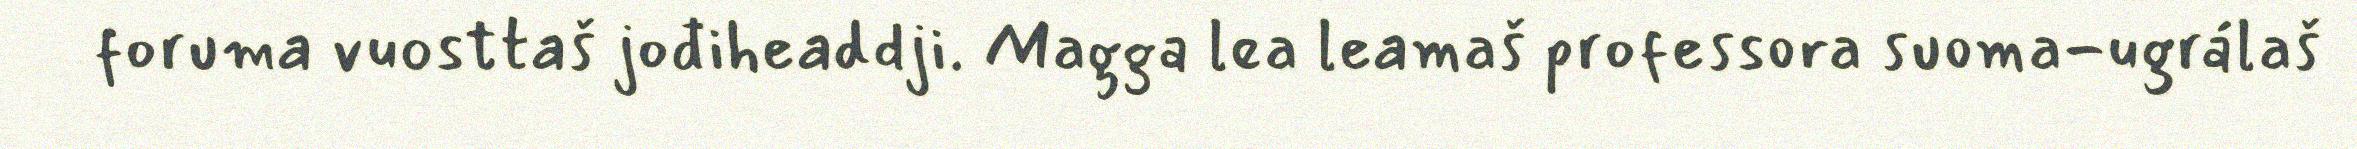
foruma vuosttaš jođiheaddji. Magga lea leamaš professora suoma-ugrálaš